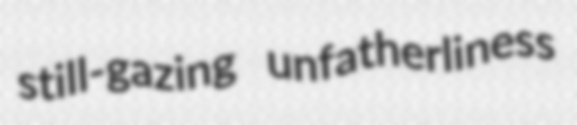
still-gazing unfatherliness